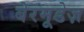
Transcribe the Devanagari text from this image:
बेरमूडेज़